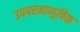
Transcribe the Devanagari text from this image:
उपपरमाणुविक